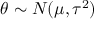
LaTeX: \theta \sim N ( \mu , \tau ^ { 2 } )